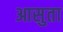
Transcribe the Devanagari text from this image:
आसुता